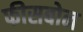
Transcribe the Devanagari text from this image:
फीसबोन